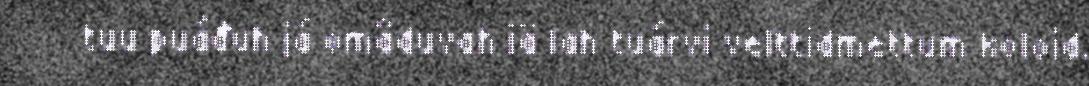
tuu puáđuh já omâduvah iä lah tuárvi velttidmettum koloid.